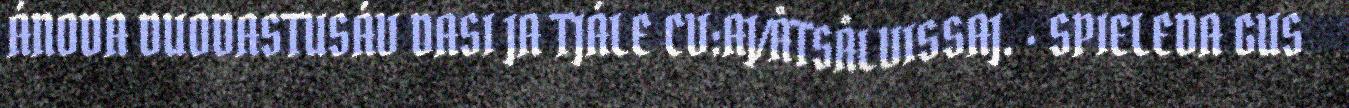
ÁNODA DUODASTUSÁV DASI JA TJÁLE CV:AJ/ÅTSÅLVISSAJ. · SPIELEDA GUS